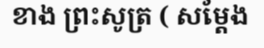
ខាង ព្រះសូត្រ ( សម្តែង